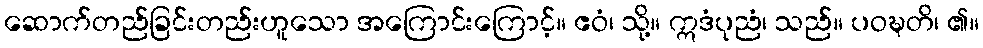
ဆောက်တည်ခြင်းတည်းဟူသော အကြောင်းကြောင့်။ ဧဝံ၊ သို့။ ဣဒံပုညံ၊ သည်။ ပဝဍ္ဎတိ၊ ၏။